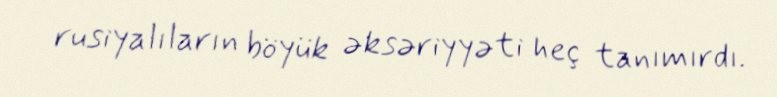
rusiyalıların böyük əksəriyyəti heç tanımırdı.